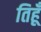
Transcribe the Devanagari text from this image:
तिहूँ